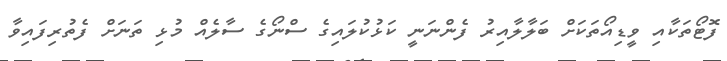
ފޮޓޯތަކާއި ވީޑިއޯތަކަށް ބަލާލާއިރު ފެންނަނީ ކަޅުކުލައިގެ ސްނޯގެ ސާލެއް މުޅި ތަނަށް ފެތުރިފައިވާ